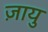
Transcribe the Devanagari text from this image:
ज़ायु